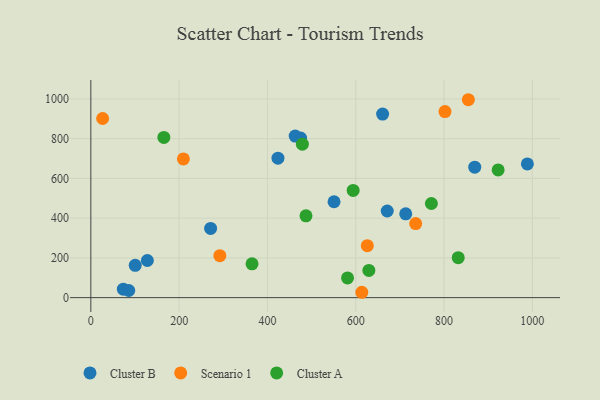
{"axis": {"x": "Study Hours", "y": "Yield"}, "legend": ["Cluster A", "Cluster B", "Scenario 1"], "data": [{"x": "660.8", "y": 923.8, "type": "Cluster B"}, {"x": "550.8", "y": 482.6, "type": "Cluster B"}, {"x": "73.6", "y": 42.4, "type": "Cluster B"}, {"x": "85.9", "y": 35.9, "type": "Cluster B"}, {"x": "475.0", "y": 803.5, "type": "Cluster B"}, {"x": "462.8", "y": 813.3, "type": "Cluster B"}, {"x": "869.5", "y": 656.8, "type": "Cluster B"}, {"x": "128.0", "y": 186.9, "type": "Cluster B"}, {"x": "713.2", "y": 421.6, "type": "Cluster B"}, {"x": "423.8", "y": 701.7, "type": "Cluster B"}, {"x": "988.7", "y": 672.8, "type": "Cluster B"}, {"x": "271.3", "y": 348.2, "type": "Cluster B"}, {"x": "100.5", "y": 162.7, "type": "Cluster B"}, {"x": "671.3", "y": 436.1, "type": "Cluster B"}, {"x": "855.0", "y": 996.0, "type": "Scenario 1"}, {"x": "292.2", "y": 211.1, "type": "Scenario 1"}, {"x": "209.6", "y": 697.9, "type": "Scenario 1"}, {"x": "613.7", "y": 27.0, "type": "Scenario 1"}, {"x": "26.7", "y": 901.5, "type": "Scenario 1"}, {"x": "802.1", "y": 936.3, "type": "Scenario 1"}, {"x": "735.7", "y": 372.8, "type": "Scenario 1"}, {"x": "626.2", "y": 261.7, "type": "Scenario 1"}, {"x": "487.3", "y": 411.7, "type": "Cluster A"}, {"x": "771.3", "y": 473.7, "type": "Cluster A"}, {"x": "165.4", "y": 806.1, "type": "Cluster A"}, {"x": "629.7", "y": 136.8, "type": "Cluster A"}, {"x": "479.1", "y": 772.3, "type": "Cluster A"}, {"x": "594.1", "y": 539.8, "type": "Cluster A"}, {"x": "581.4", "y": 99.0, "type": "Cluster A"}, {"x": "832.1", "y": 200.9, "type": "Cluster A"}, {"x": "922.5", "y": 642.7, "type": "Cluster A"}, {"x": "365.1", "y": 170.3, "type": "Cluster A"}]}